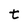
Character: t